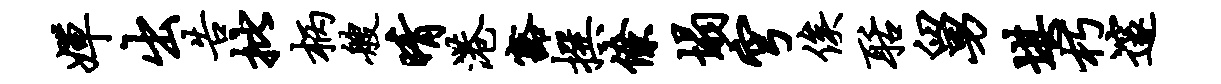
婵出告批柄艘晴港豁撰僚塌穹俟聒舅堪朽邃